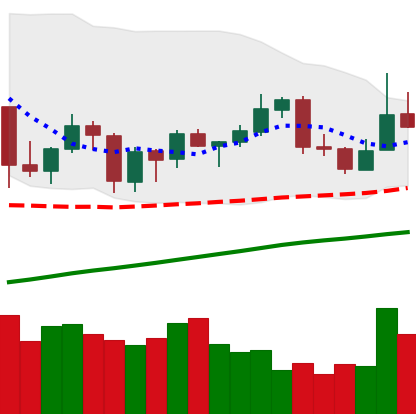
Ticker: XLM-USD
Chart end date: 2019-06-23
Forward return: -12.057%
Label: down_7plus